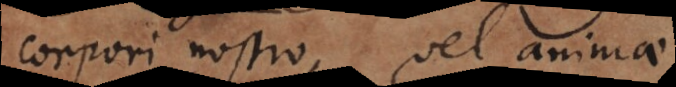
corpori nostro, vel animae